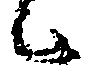
候